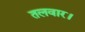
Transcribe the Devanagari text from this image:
तलवार।